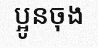
ប្អូនចុង